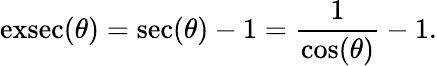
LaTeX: \operatorname{exsec}(\theta)=\sec(\theta)-1={\frac{1}{\cos(\theta)}}-1.